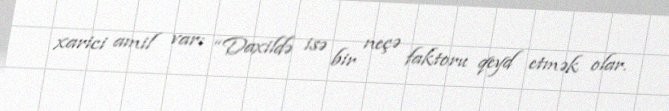
xarici amil var: “Daxildə isə bir neçə faktoru qeyd etmək olar.